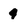
Character: 4